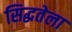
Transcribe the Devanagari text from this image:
सिद्धतेला